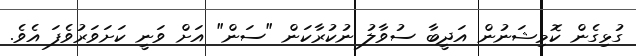
ގުޅިގެން ކޮމިޝަނުން އަދީބާ ސުވާލު ނުކުރާކަން "ސަން" އަށް ވަނީ ކަށަވަރުވެފަ އެވެ.